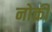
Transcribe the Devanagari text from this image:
नोक्री